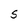
Character: 5